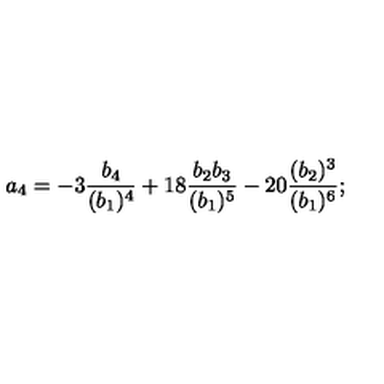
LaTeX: a _ { 4 } = - 3 { \frac { b _ { 4 } } { ( b _ { 1 } ) ^ { 4 } } } + 1 8 { \frac { b _ { 2 } b _ { 3 } } { ( b _ { 1 } ) ^ { 5 } } } - 2 0 { \frac { ( b _ { 2 } ) ^ { 3 } } { ( b _ { 1 } ) ^ { 6 } } } ;